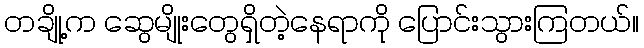
တချို့က ဆွေမျိုးတွေရှိတဲ့နေရာကို ပြောင်းသွားကြတယ်။